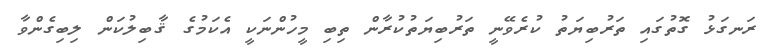
ރަނގަޅު ގޮތުގައި ތަރުބިޔަތު ކުރެވޭނީ ތަރުބިޔަތުކުރާން ތިބި މީހުންނަކީ އެކަމުގެ ޤާބިލުކަން ލިބިގެންވާ